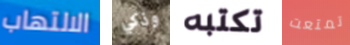
الالتهاب وذكي تكتبه تمتعت